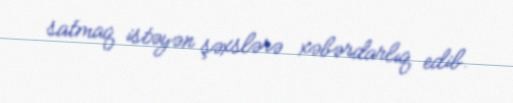
satmaq istəyən şəxslərə xəbərdarlıq edib.